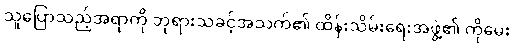
သူပြောသည့်အရာကို ဘုရားသခင့်အသက်၏ ထိန်းသိမ်းရေးအဖွဲ့၏ ကိုမေး